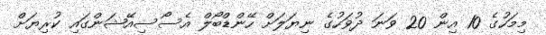
މިމަހުގެ 10 އިން 20 ވަނަ ދުވަހުގެ ނިޔަލަށް ހޭންޑްބޯލް އެސޯސިއޭޝަންގައި ކުރިޔަށް